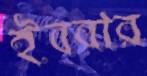
ইবরার